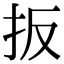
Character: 扳